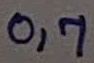
Text: 0,7